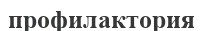
профилактория